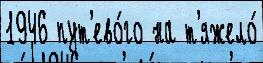
1946 пут'ево́го на т'яжело́